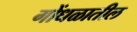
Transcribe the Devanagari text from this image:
गोंधळातील